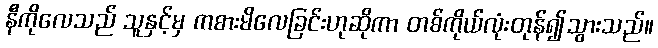
နီကိုလေသည် သူနှင့်မှ ကစားမိလေခြင်းဟုဆိုကာ တစ်ကိုယ်လုံးတုန်၍သွားသည်။